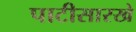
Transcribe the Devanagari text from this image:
पाटीसारखे